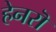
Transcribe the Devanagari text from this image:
हेनरॊ